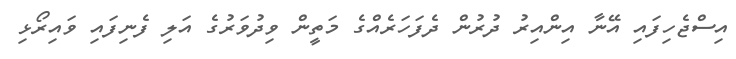
އިސްޖެހިފައި އޭނާ އިންއިރު ދުރުން ދެފަހަރެއްގެ މަތީން ވިދުވަރުގެ އަލި ފެނިފައި ވައިރޯޅި